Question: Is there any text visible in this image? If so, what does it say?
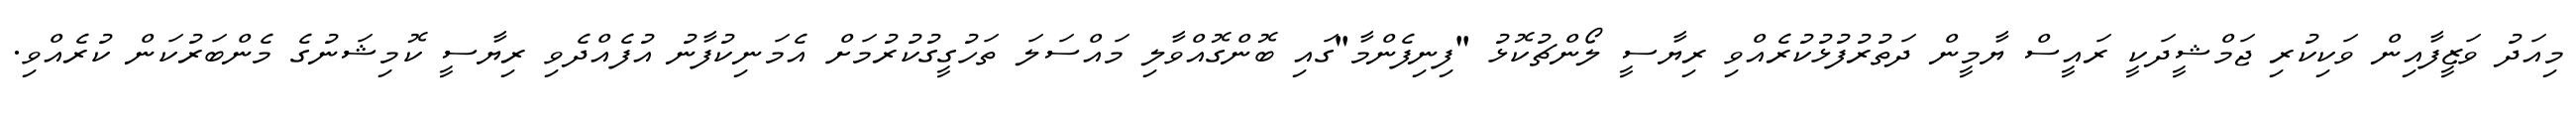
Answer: މިއަދު ވަޒީފާއިން ވަކިކުރި ޖަމްޝީދަކީ ރައީސް ޔާމީން ދަތުރުފުޅުކުރެއްވި ރިޔާސީ ލޯންޗުކޮޅު "ފިނިފެންމާ"ގައި ބޮންގޮއްވާލި މައްސަލަ ތަހުގީގުކުރުމަށް އެމަނިކުފާނު އުފެއްދެވި ރިޔާސީ ކޮމިޝަނުގެ މެންބަރުކަން ކުރެއްވި.